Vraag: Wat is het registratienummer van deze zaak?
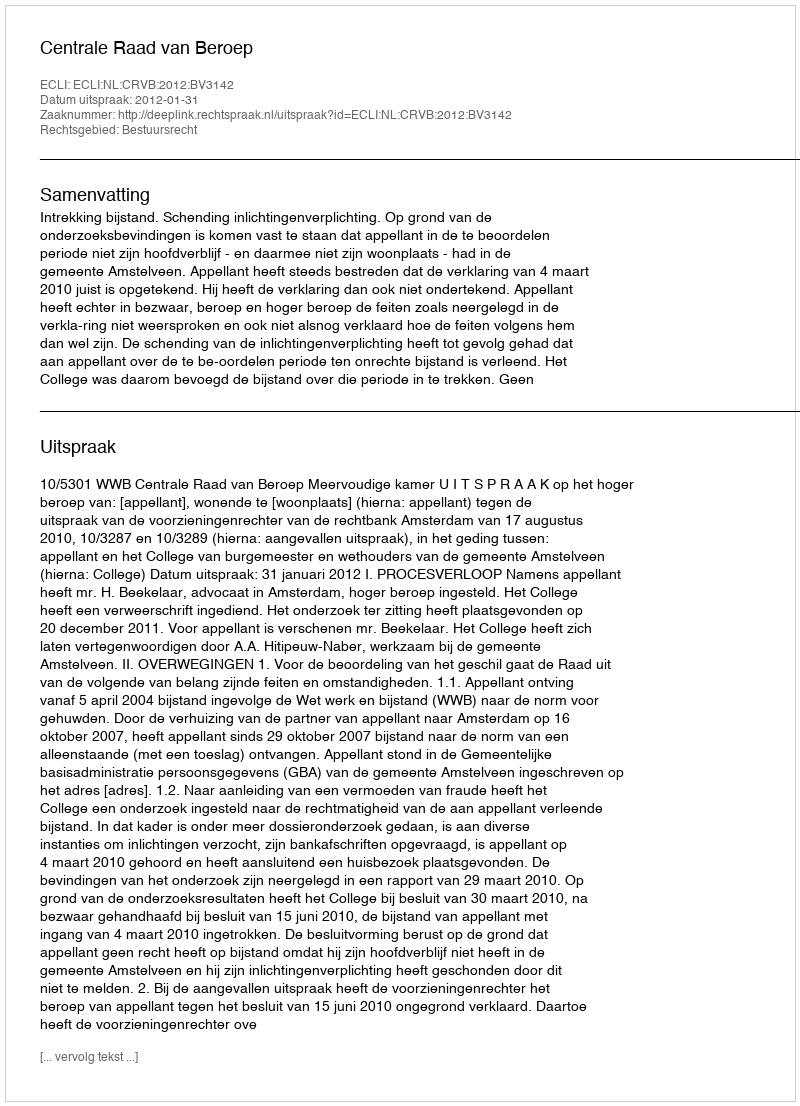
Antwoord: http://deeplink.rechtspraak.nl/uitspraak?id=ECLI:NL:CRVB:2012:BV3142